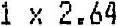
1 X 2.64